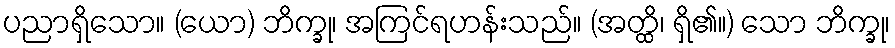
ပညာရှိသော။ (ယော) ဘိက္ခု၊ အကြင်ရဟန်းသည်။ (အတ္ထိ၊ ရှိ၏။) သော ဘိက္ခု၊